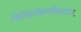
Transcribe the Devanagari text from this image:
विशिष्टविश्वविद्यालय